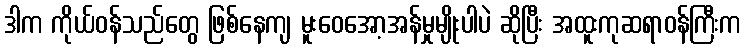
ဒါက ကိုယ်ဝန်သည်တွေ ဖြစ်နေကျ မူးဝေအော့အန်မှုမျိုးပါပဲ ဆိုပြီး အထူးကုဆရာဝန်ကြီးက